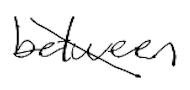
Text: between
Cross-out: diagonal
Writing tool: digital_black